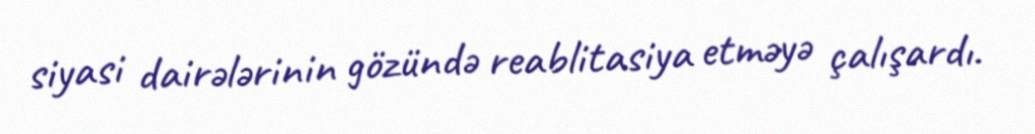
siyasi dairələrinin gözündə reablitasiya etməyə çalışardı.